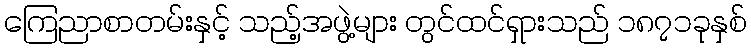
ကြေညာစာတမ်းနှင့် သည့်အဖွဲ့များ တွင်ထင်ရှားသည် ၁၈၇၁ခုနှစ်